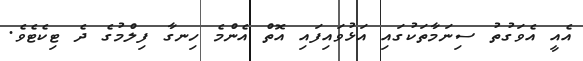
އެއީ އެވަގުތު ސިނަމާތަކުގައި އަޅުވައިފައި އޮތް އެންމެ ހިނގާ ފިލްމުގެ ދެ ޓިކެޓެވެ.